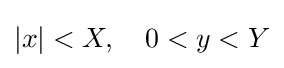
|x|<X,\quad 0<y<Y